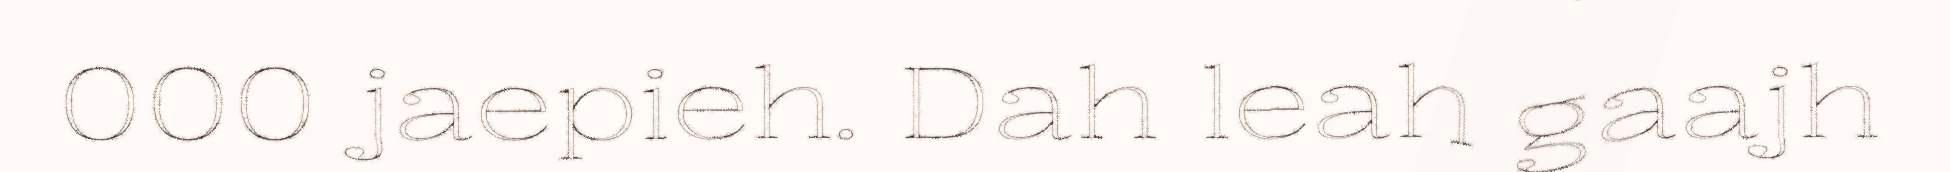
000 jaepieh. Dah leah gaajh